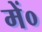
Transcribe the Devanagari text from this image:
में०